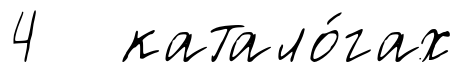
4 катало́гах